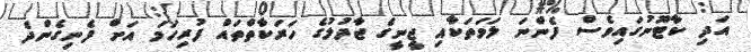
އަދި ކާޓޫނުގައިވެސް ފެންނަ ލަވަތަކާއި ޖީނީގެ ޖާދުލުގެ ހަރަކާތްތައް ފުރިހަމަ އަށް ފެނިގެންދެ